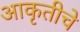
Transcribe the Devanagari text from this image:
आकृतीचे